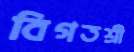
বিগতশ্রী